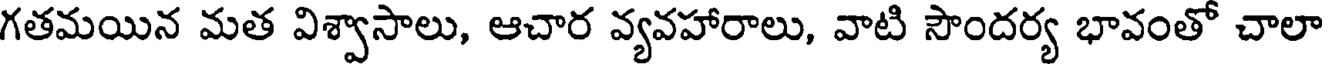
గతమయిన మత విశ్వాసాలు, ఆచార వ్యవహారాలు, వాటి సౌందర్య భావంతో చాలా